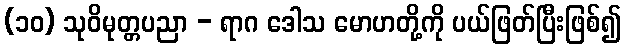
(၁၀) သုဝိမုတ္တပညာ - ရာဂ ဒေါသ မောဟတို့ကို ပယ်ဖြတ်ပြီးဖြစ်၍